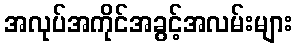
အလုပ်အကိုင်အခွင့်အလမ်းများ